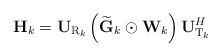
\begin{align*}{\bf{H}}_k = {\bf{U}}_{{\rm{R}}_k } \left( {{\bf{ \widetilde{G}}}_k \odot {\bf{W}}_k } \right){\bf{U}}_{{\rm{T}}_k }^H\end{align*}